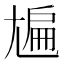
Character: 㞈